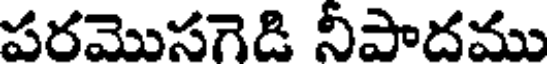
పరమొసగెడి నీపాదము